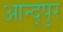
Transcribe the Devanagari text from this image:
आन्द्पुर